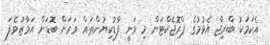
އެކަމަކު ބްރިޖް އެޅުމުގެ ޕްރޮޖެކްޓަށް މި ވަނީ ފާޑުކިޔުންތައް ވަރަށް ބޮޑަށް އަމާޒުވެފަ